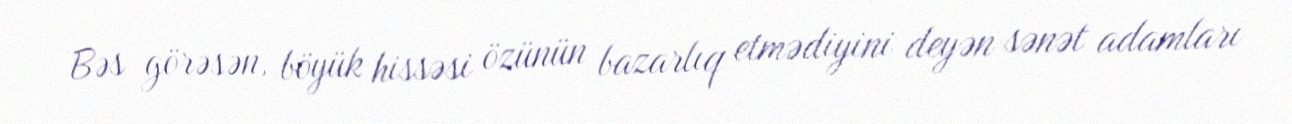
Bəs görəsən, böyük hissəsi özünün bazarlıq etmədiyini deyən sənət adamları